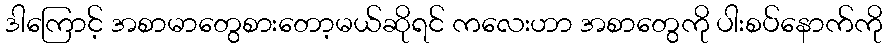
ဒါကြောင့် အစာမာတွေစားတော့မယ်ဆိုရင် ကလေးဟာ အစာတွေကို ပါးစပ်နောက်ကို